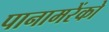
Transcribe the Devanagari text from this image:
पानामरेंको